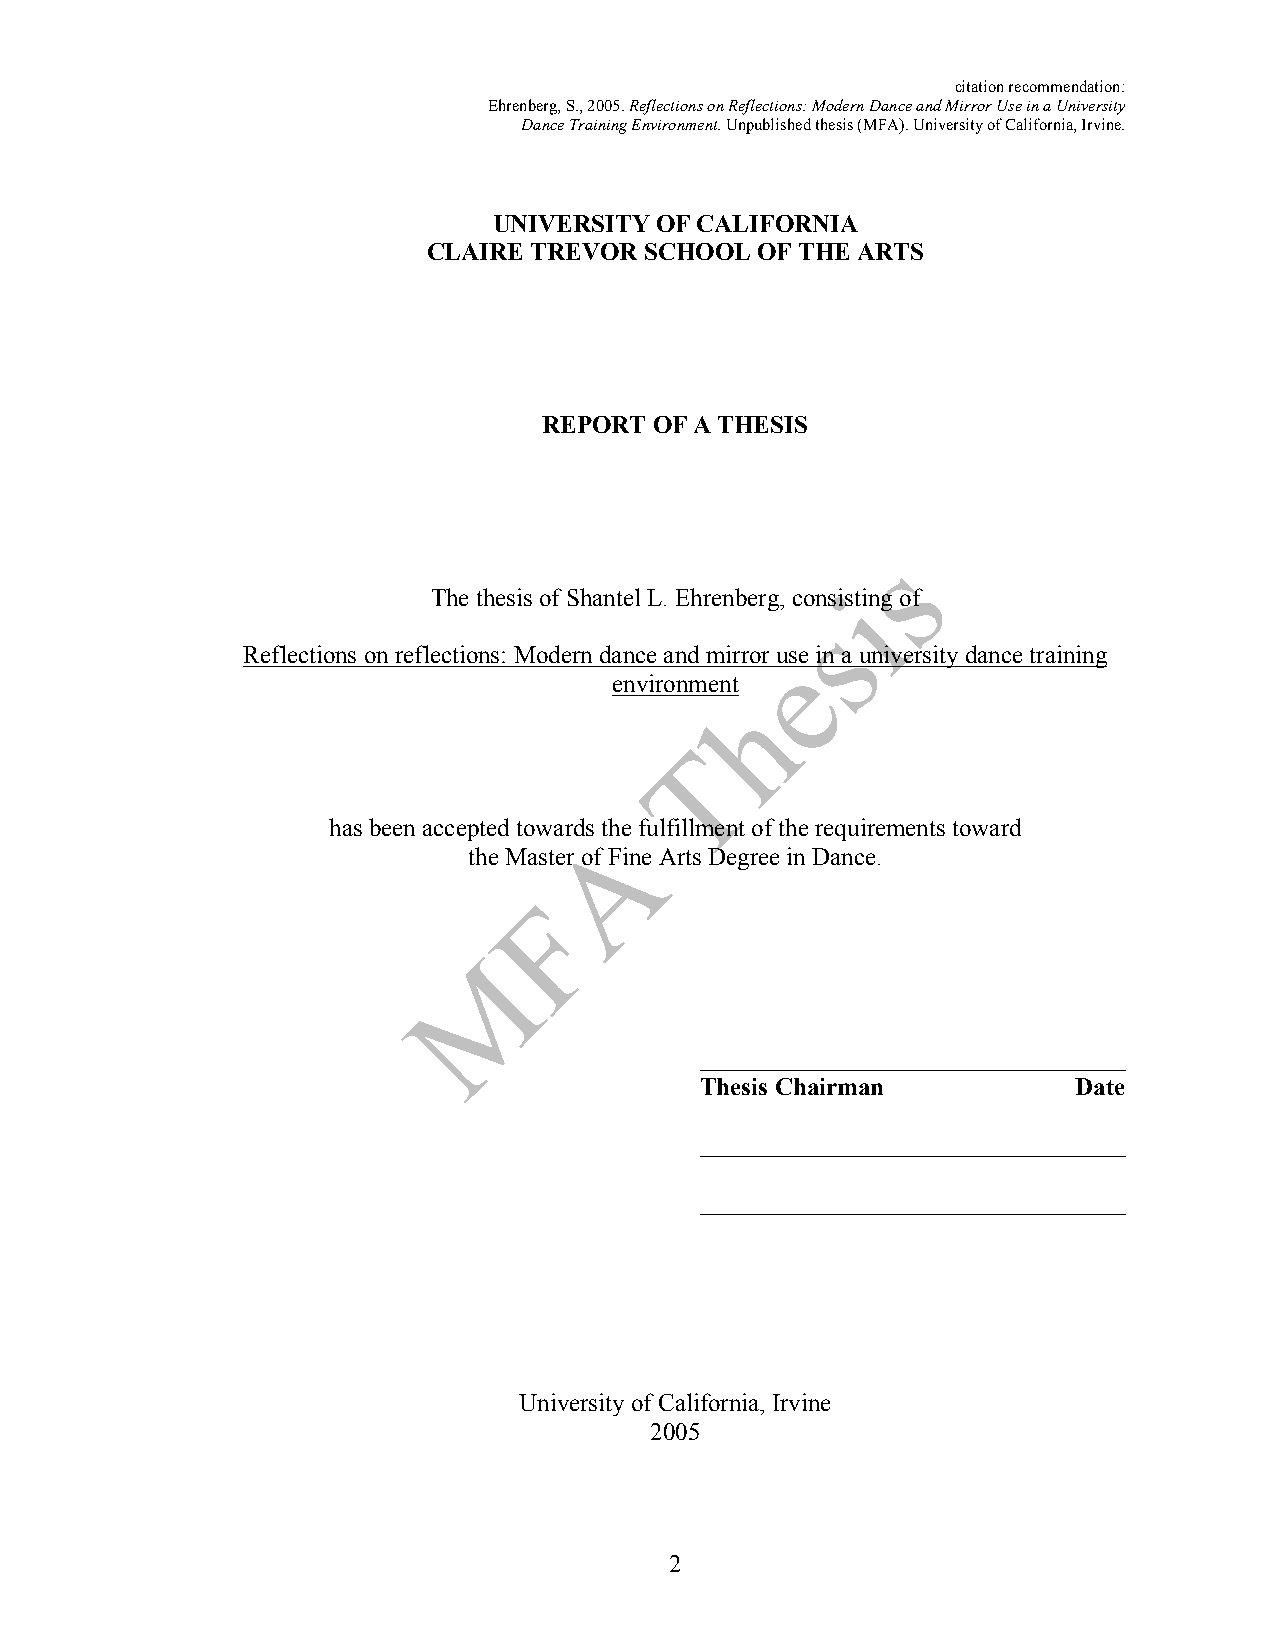
citation recommendation:
 Ehrenberg, S., 2005. Reflections on Reflections: Modern Dance and Mirror Use in a University
 Dance Training Environment. Unpublished thesis (MFA). University of California, Irvine.
 UNIVERSITY OF CALIFORNIA
 CLAIRE TREVOR  SCHOOL OF THE ARTS
 REPORT OF A THESIS
 The thesis of Shantel L. Ehrenberg, consisting of
 Reflections on reflections: Modern dance and mirror use in a university dance training
 environment
 has been accepted towards the fulfillment of the requirements toward
 the Master of Fine Arts Degree in Dance.
 __________________________________
 Thesis Chairman          Date
 __________________________________
 __________________________________
 University of California, Irvine
 2005
 2